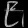
Digit: ၉